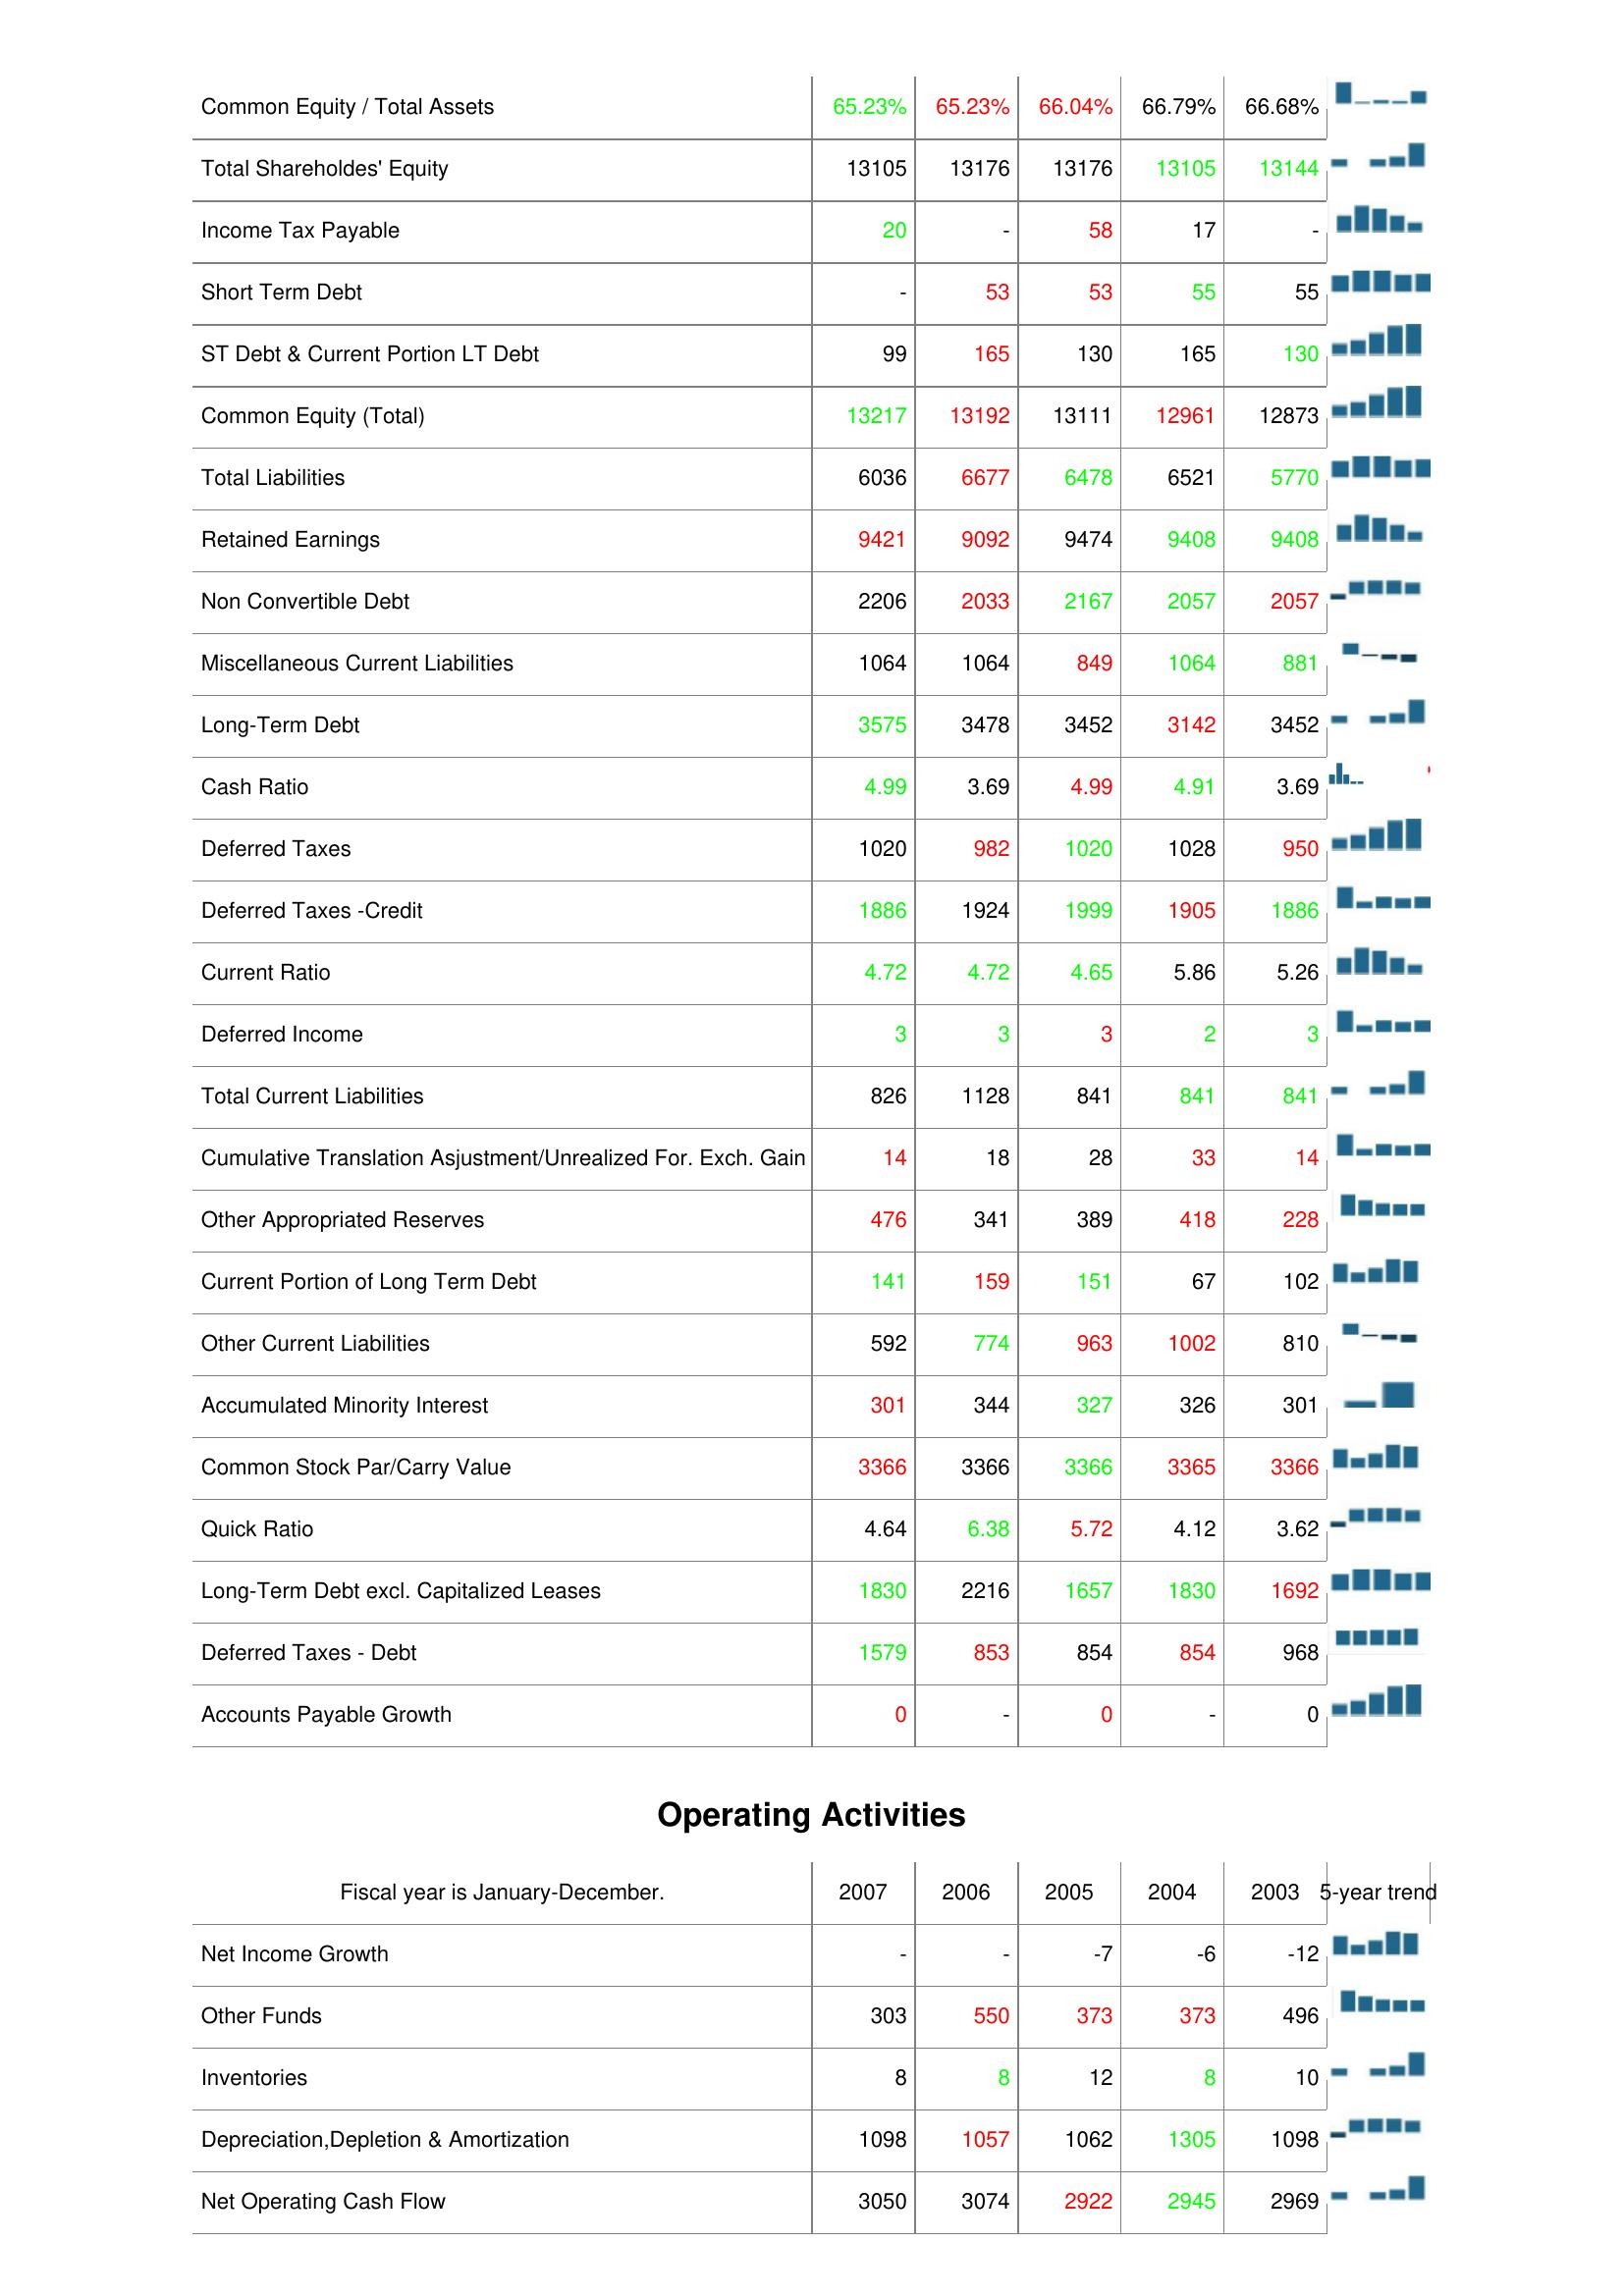
2007: Liabilities & Shareholder's Equity: Common Equity / Total Assets: 65.23%
Total Shareholdes' Equity: 13105
Income Tax Payable: 20
Short Term Debt: -
ST Debt & Current Portion LT Debt: 99
Common Equity (Total): 13217
Total Liabilities: 6036
Retained Earnings: 9421
Non Convertible Debt: 2206
Miscellaneous Current Liabilities: 1064
Long-Term Debt: 3575
Cash Ratio: 4.99
Deferred Taxes: 1020
Deferred Taxes -Credit: 1886
Current Ratio: 4.72
Deferred Income: 3
Total Current Liabilities: 826
Cumulative Translation Asjustment/Unrealized For. Exch. Gain: 14
Other Appropriated Reserves: 476
Current Portion of Long Term Debt: 141
Other Current Liabilities: 592
Accumulated Minority Interest: 301
Common Stock Par/Carry Value: 3366
Quick Ratio: 4.64
Long-Term Debt excl. Capitalized Leases: 1830
Deferred Taxes - Debt: 1579
Accounts Payable Growth: 0
Operating Activities: Net Income Growth: -
Other Funds: 303
Inventories: 8
Depreciation,Depletion & Amortization: 1098
Net Operating Cash Flow: 3050
2006: Liabilities & Shareholder's Equity: Common Equity / Total Assets: 65.23%
Total Shareholdes' Equity: 13176
Income Tax Payable: -
Short Term Debt: 53
ST Debt & Current Portion LT Debt: 165
Common Equity (Total): 13192
Total Liabilities: 6677
Retained Earnings: 9092
Non Convertible Debt: 2033
Miscellaneous Current Liabilities: 1064
Long-Term Debt: 3478
Cash Ratio: 3.69
Deferred Taxes: 982
Deferred Taxes -Credit: 1924
Current Ratio: 4.72
Deferred Income: 3
Total Current Liabilities: 1128
Cumulative Translation Asjustment/Unrealized For. Exch. Gain: 18
Other Appropriated Reserves: 341
Current Portion of Long Term Debt: 159
Other Current Liabilities: 774
Accumulated Minority Interest: 344
Common Stock Par/Carry Value: 3366
Quick Ratio: 6.38
Long-Term Debt excl. Capitalized Leases: 2216
Deferred Taxes - Debt: 853
Accounts Payable Growth: -
Operating Activities: Net Income Growth: -
Other Funds: 550
Inventories: 8
Depreciation,Depletion & Amortization: 1057
Net Operating Cash Flow: 3074
2005: Liabilities & Shareholder's Equity: Common Equity / Total Assets: 66.04%
Total Shareholdes' Equity: 13176
Income Tax Payable: 58
Short Term Debt: 53
ST Debt & Current Portion LT Debt: 130
Common Equity (Total): 13111
Total Liabilities: 6478
Retained Earnings: 9474
Non Convertible Debt: 2167
Miscellaneous Current Liabilities: 849
Long-Term Debt: 3452
Cash Ratio: 4.99
Deferred Taxes: 1020
Deferred Taxes -Credit: 1999
Current Ratio: 4.65
Deferred Income: 3
Total Current Liabilities: 841
Cumulative Translation Asjustment/Unrealized For. Exch. Gain: 28
Other Appropriated Reserves: 389
Current Portion of Long Term Debt: 151
Other Current Liabilities: 963
Accumulated Minority Interest: 327
Common Stock Par/Carry Value: 3366
Quick Ratio: 5.72
Long-Term Debt excl. Capitalized Leases: 1657
Deferred Taxes - Debt: 854
Accounts Payable Growth: 0
Operating Activities: Net Income Growth: -7
Other Funds: 373
Inventories: 12
Depreciation,Depletion & Amortization: 1062
Net Operating Cash Flow: 2922
2004: Liabilities & Shareholder's Equity: Common Equity / Total Assets: 66.79%
Total Shareholdes' Equity: 13105
Income Tax Payable: 17
Short Term Debt: 55
ST Debt & Current Portion LT Debt: 165
Common Equity (Total): 12961
Total Liabilities: 6521
Retained Earnings: 9408
Non Convertible Debt: 2057
Miscellaneous Current Liabilities: 1064
Long-Term Debt: 3142
Cash Ratio: 4.91
Deferred Taxes: 1028
Deferred Taxes -Credit: 1905
Current Ratio: 5.86
Deferred Income: 2
Total Current Liabilities: 841
Cumulative Translation Asjustment/Unrealized For. Exch. Gain: 33
Other Appropriated Reserves: 418
Current Portion of Long Term Debt: 67
Other Current Liabilities: 1002
Accumulated Minority Interest: 326
Common Stock Par/Carry Value: 3365
Quick Ratio: 4.12
Long-Term Debt excl. Capitalized Leases: 1830
Deferred Taxes - Debt: 854
Accounts Payable Growth: -
Operating Activities: Net Income Growth: -6
Other Funds: 373
Inventories: 8
Depreciation,Depletion & Amortization: 1305
Net Operating Cash Flow: 2945
2003: Liabilities & Shareholder's Equity: Common Equity / Total Assets: 66.68%
Total Shareholdes' Equity: 13144
Income Tax Payable: -
Short Term Debt: 55
ST Debt & Current Portion LT Debt: 130
Common Equity (Total): 12873
Total Liabilities: 5770
Retained Earnings: 9408
Non Convertible Debt: 2057
Miscellaneous Current Liabilities: 881
Long-Term Debt: 3452
Cash Ratio: 3.69
Deferred Taxes: 950
Deferred Taxes -Credit: 1886
Current Ratio: 5.26
Deferred Income: 3
Total Current Liabilities: 841
Cumulative Translation Asjustment/Unrealized For. Exch. Gain: 14
Other Appropriated Reserves: 228
Current Portion of Long Term Debt: 102
Other Current Liabilities: 810
Accumulated Minority Interest: 301
Common Stock Par/Carry Value: 3366
Quick Ratio: 3.62
Long-Term Debt excl. Capitalized Leases: 1692
Deferred Taxes - Debt: 968
Accounts Payable Growth: 0
Operating Activities: Net Income Growth: -12
Other Funds: 496
Inventories: 10
Depreciation,Depletion & Amortization: 1098
Net Operating Cash Flow: 2969